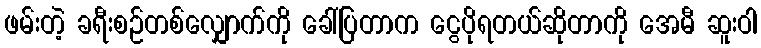
ဖမ်းတဲ့ ခရီးစဉ်တစ်လျှောက်ကို ခေါ်ပြတာက ငွေပိုရတယ်ဆိုတာကို အေမီ ဆူးဝါ